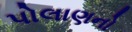
પોલાણનો